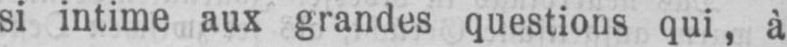
si intime aux grandes questions qui, à